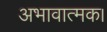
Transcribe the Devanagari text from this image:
अभावात्मक।